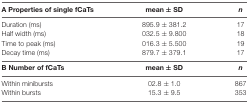
| A Properties of single fCaTs | mean ± SD | n |
 | --- | --- | --- |
 | Duration (ms) | 895.9 ± 381.2 | 17 |
 | Half width (ms) | 032.5 ± 9.800 | 18 |
 | Time to peak (ms) | 016.3 ± 5.500 | 19 |
 | Decay time (ms) | 879.7 ± 379.1 | 17 |
 | B Number of fCaTs | mean ± SD | n |
 | Within minibursts | 02.8 ± 1.0 | 867 |
 | Within bursts | 15.3 ± 9.5 | 353 |